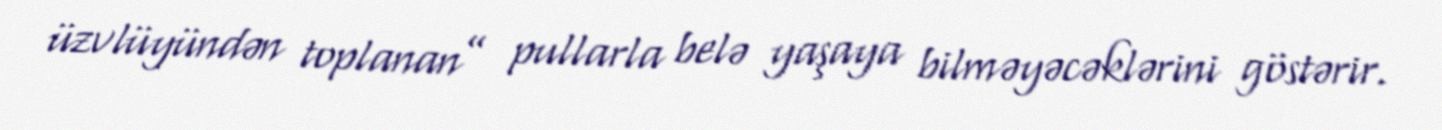
üzvlüyündən toplanan” pullarla belə yaşaya bilməyəcəklərini göstərir.